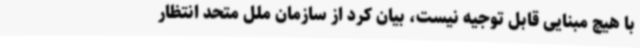
با هیچ مبنایی قابل توجیه نیست، بیان کرد از سازمان ملل متحد انتظار